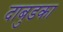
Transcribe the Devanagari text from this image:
दाबुडका